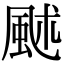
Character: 𩖶